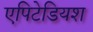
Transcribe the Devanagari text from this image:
एपिटेडियश